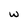
Character: w